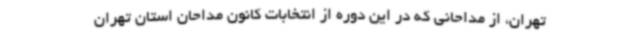
تهران، از مداحانی که در این دوره از انتخابات کانون مداحان استان تهران